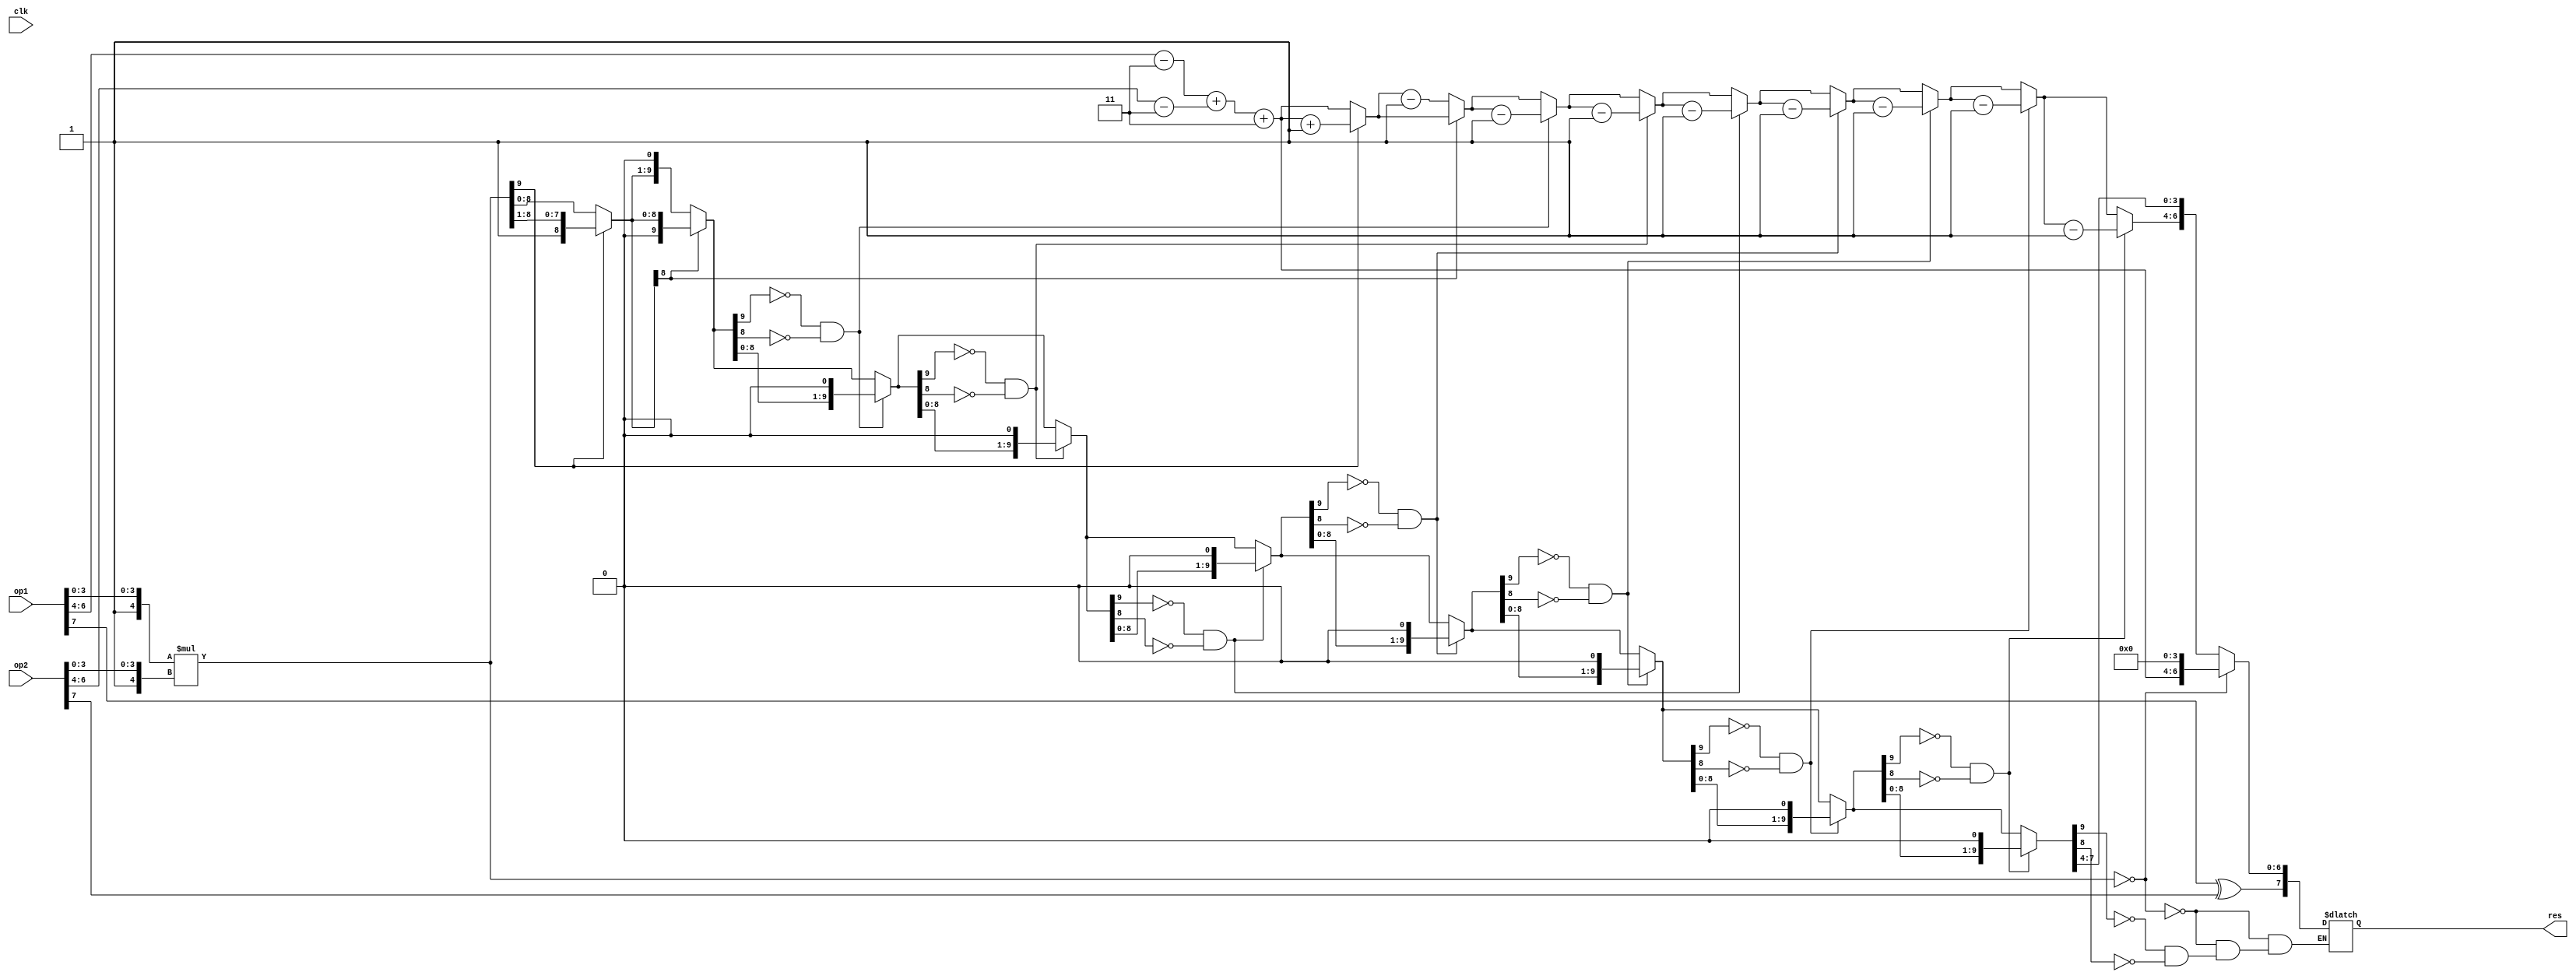
`timescale 1ns / 1ps
module multest(
input clk,
input [7:0] op1,op2,
output reg[7:0] res = 0
    );
//multiply works!
reg [4:0] F1,F2; 
reg [2:0] E1,E2;

reg [2:0] ebuf;
reg [9:0] fbuf;
wire sbuf = 0;

initial begin
F1 <= 0;
F2 <= 0;
end

always @(*)begin
F1 = {1'b1,op1[3:0]};
 F2 = {1'b1,op2[3:0]};
    E1 = op1[6:4] - 3;
    E2 = op2[6:4] - 3;
   
    

 ebuf = E1 + E2 + 3;
 fbuf = F1 * F2;
 
 if(fbuf == 0)begin
 res = {(op1[7]^op2[7]),ebuf,4'b0000};
 end 
 
 else begin
 if(fbuf[9])begin
 fbuf = fbuf >> 1;
 ebuf = ebuf + 1;
 end



 if(fbuf[9]==0 && fbuf[8]==0)begin
 fbuf = fbuf << 1;
 ebuf = ebuf - 1;
 end
 if(fbuf[9]==0 && fbuf[8]==0)begin
 fbuf = fbuf << 1;
 ebuf = ebuf - 1;
 end
 if(fbuf[9]==0 && fbuf[8]==0)begin
 fbuf = fbuf << 1;
 ebuf = ebuf - 1;
 end
 if(fbuf[9]==0 && fbuf[8]==0)begin
 fbuf = fbuf << 1;
 ebuf = ebuf - 1;
 end
 if(fbuf[9]==0 && fbuf[8]==0)begin
 fbuf = fbuf << 1;
 ebuf = ebuf - 1;
 end
 if(fbuf[9]==0 && fbuf[8]==0)begin
 fbuf = fbuf << 1;
 ebuf = ebuf - 1;
 end
 if(fbuf[9]==0 && fbuf[8]==0)begin
 fbuf = fbuf << 1;
 ebuf = ebuf - 1;
 end
 if(fbuf[9]==0 && fbuf[8]==0)begin
 fbuf = fbuf << 1;
 ebuf = ebuf - 1;
 end
 if(fbuf[9]==0 && fbuf[8]==0)begin
 fbuf = fbuf << 1;
 ebuf = ebuf - 1;
 end
 
 
 else begin
  res = {(op1[7]^op2[7]),ebuf,fbuf[7:4]};
 end

end
end

  
endmodule